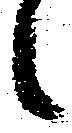
候